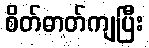
စိတ်ဓာတ်ကျပြီး